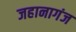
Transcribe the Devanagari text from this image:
जहानागंज